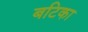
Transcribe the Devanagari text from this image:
बटिका